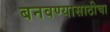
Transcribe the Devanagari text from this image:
बनवण्यासाठीचा